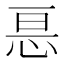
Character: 𭜩